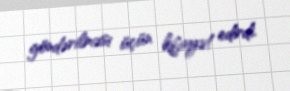
göndərilməsi üçün kifayət edirdi.